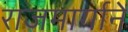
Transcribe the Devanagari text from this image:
राजमार्गानें